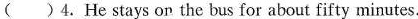
( )4.He stays on the bus for about fifty minutes.